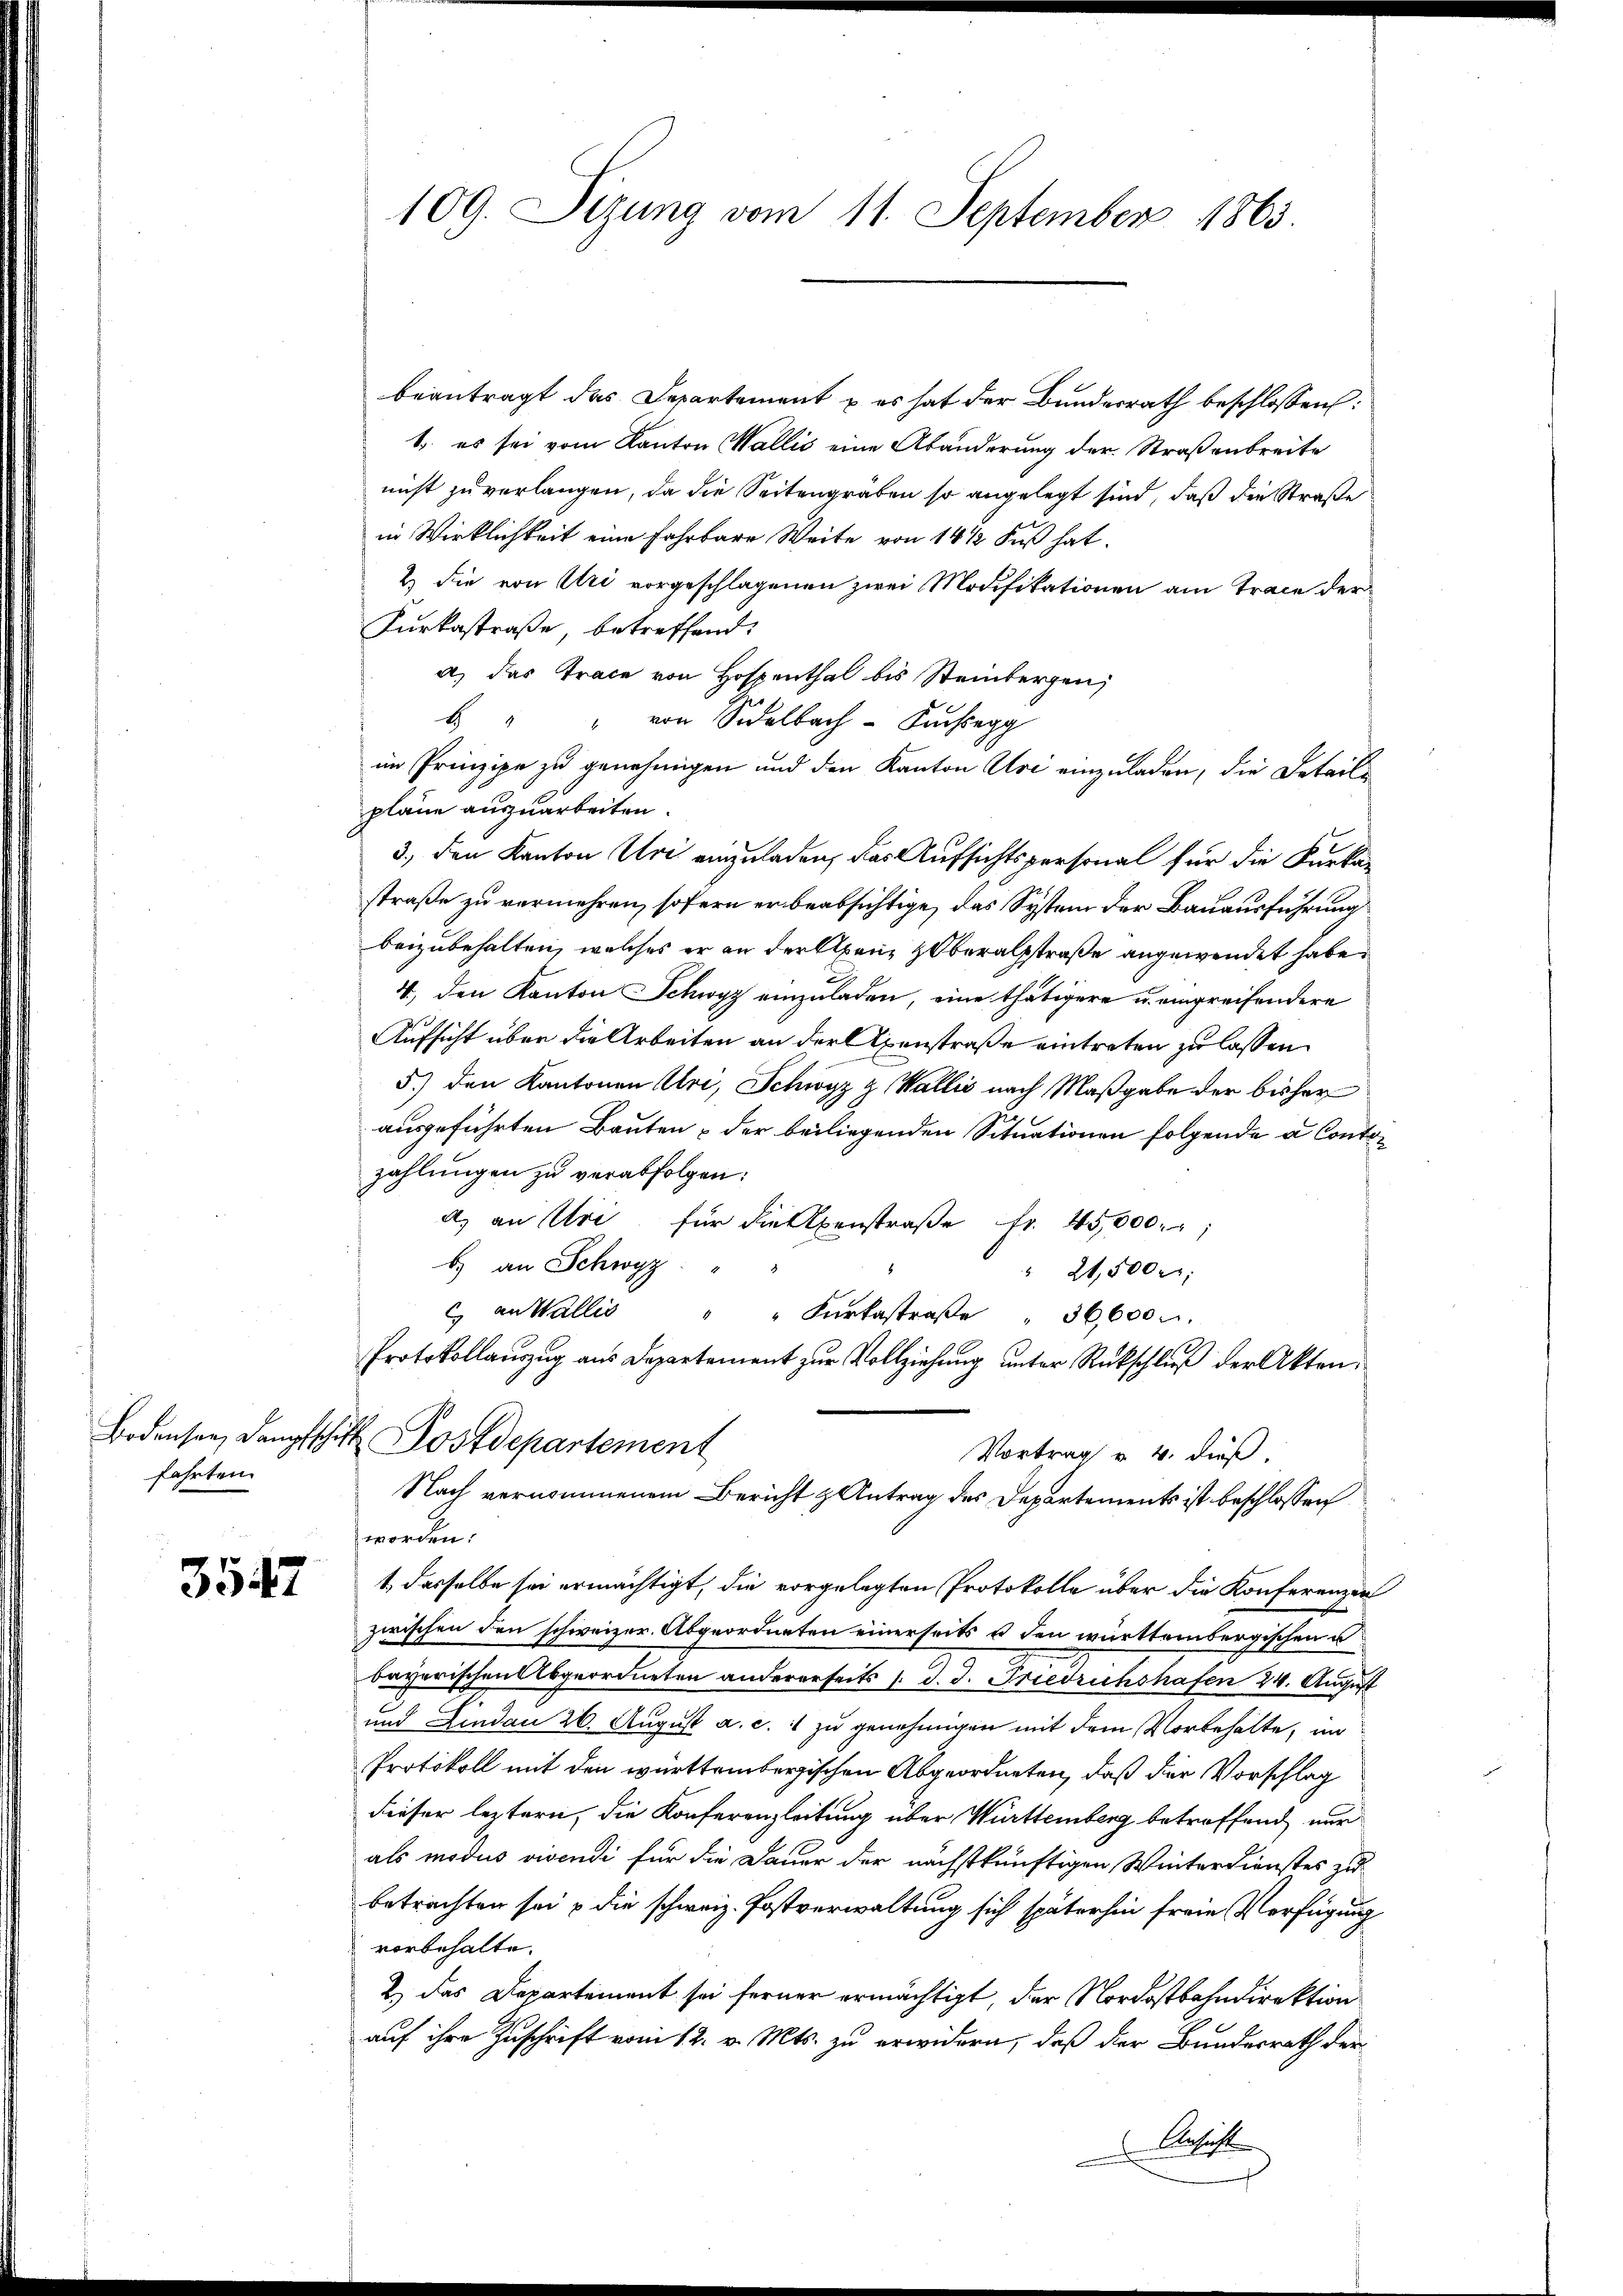
fahrten.

3547

beantragt das Departement u es hat der Bundesrath beschlossen:
1. es sei vom Kanton Wallis eine Abänderung der Straßenbreite
nicht zu verlangen, da die Seitengräben so angelegt sind, daß die Straße
in Wirklichkeit eine Fahrbare Weite von 14 1/2 Fuß hat.
2) Die von Uri vorgeschlagenen zwei Modifikationen am Trace der
Furkastraße betreffend.
a) das Trace von Hospenthal bis Steinbergen,
6 " " von Sidelbach Kosegg
im Prinzipe zu genehmigen und den Kanton Uri einzuladen, die Detailpläne auszuarbeiten.
3., den Kanton Uri einzuladen, das Aufsichtspersonal für die Kurkastraße zu vermehren, sofern er beabsichtige, das System der Bauausführung
beizubehalten, welches er an der Alpen, Oberalstraße angewendet habe.
4., den Kanton Schwyz einzuladen, eine thätigere u. einpreisendere
Aufsicht über die Arbeiten an der Axenstraße eintreten zu lassen.
5) den Kantonen Uri, Schwyz z. Wallis nach Maßgabe der bisher
ausgeführten Bauten & der beiliegenden Situationen folgende a Conton
zahlungen zu verabfolgen:
a) an Uri für die penstraße fr. 45,000.
b) an Schwyz
" 21,500
C an Wallis " " Kŭrtastraβe " 36,600
Protokollauszug aus Departement zur Vollziehung unter Rückschließ der Akten.
Bodensen, dampfschit. Postdepartement
Vortrag u. 4. dieß,
Nach vernommenem Bericht & Antrag des Departements ist beschlossen
worden:
t dasselbe sei ermächtigt, die vorgelegten Protokolle über die Konferenzen
zwischen den schweizer. Abgeordneten einerseits u den württembergischen u
bayerischen Abgeordneten andererseits 1. d. 3. Friedrichshafen 24. August
und Lindau 26. August a. c. 1 zu genehmigen mit dem Vorbehalte, an
Protokoll mit den württembergischen Abgeordneten, daß der Vorschlag
dieser leztern, die Konferenzleitung über Württemberg betreffend nur
als modus vivendi für die Dauer der nächstkünftigen Winterdienstes zu
betrachten sei & die schweiz. Postverwaltung sich späterhin freie Verfügung
vorbehalte.
2.) Das Departement sei ferner ermächtigt, der Nordostbahndirektion
auf ihre Zuschrift vom 12. v. Mts. zu erwidern, daß der Bundesrath der
Ach

109. Sizung vom 11. September 1863